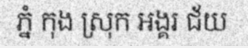
ភ្នំ កុង ស្រុក អង្គរ ជ័យ